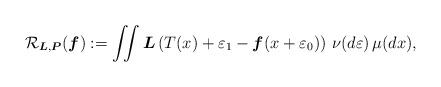
\begin{align*}\mathcal R_{\boldsymbol{L}, \boldsymbol{P}} (\boldsymbol{f}) := \iint \boldsymbol{L} \left( T(x) + \varepsilon_1 - \boldsymbol{f}(x + \varepsilon_0) \right) \, \nu(d \varepsilon) \, \mu(d x),\end{align*}